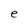
Character: e